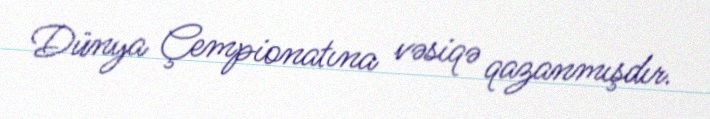
Dünya Çempionatına vəsiqə qazanmışdır.